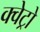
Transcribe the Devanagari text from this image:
क्वेट्रो